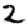
Digit: 2